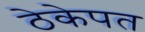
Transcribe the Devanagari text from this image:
ठेकेपत